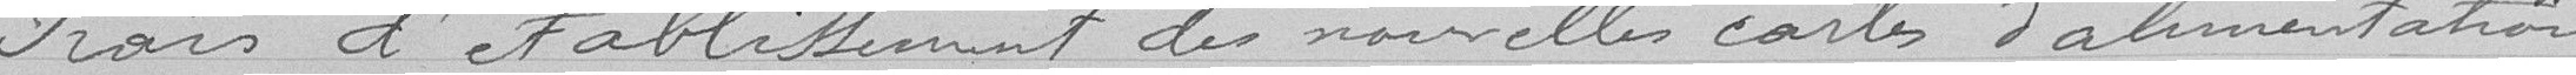
Frais d'établissement des nouvelles cartes d'alimentation